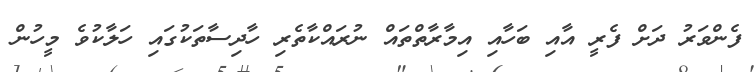
ފެންވަރު ދަށް ފެރީ އާއި ބަހާއި އިމާރާތްތައް ނުރައްކާތެރި ހާދިސާތަކުގައި ހަލާކުވެ މީހުން